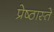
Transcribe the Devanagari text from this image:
प्रेष्ठास्ते